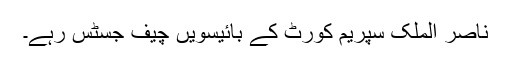
ناصر الملک سپریم کورٹ کے بائیسویں چیف جسٹس رہے۔